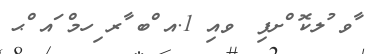
ާވ ުލކޮ ްށފި 	ވއި 1.އ ްބ ާރ ިހމް ައ ްޙ